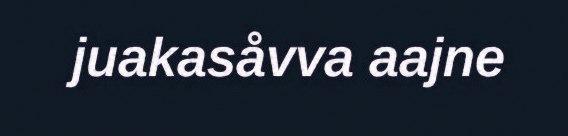
juakasåvva aajne